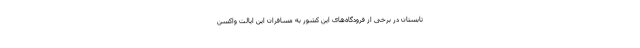
تابستان در برخی از فرودگاه‌های این کشور به مسافران این ایالت واکسن